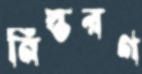
নিস্তরণ